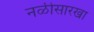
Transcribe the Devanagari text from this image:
नळीसारखा